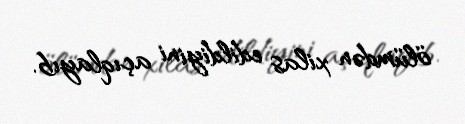
ölümdən xilas edildiyini açıqlayıb.